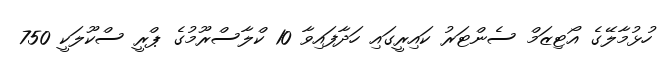
ހުޅުމާލޭގެ އޯޓިޒަމް ސެންޓަރު ކައިރީގައި ހަދާފައިވާ 10 ކްލާސްރޫމުގެ ޕްރީ ސްކޫލަކީ 750